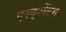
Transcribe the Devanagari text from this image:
एस्कुलेंटम